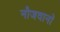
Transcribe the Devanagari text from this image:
नौजवानॉ